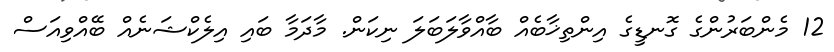
12 މެންބަރުންގެ ގޮނޑީގެ އިންތިޚާބެއް ބާއްވާލަބަލަ ނިކަން. މާދަމާ ބައި އިލެކްޝަނެއް ބޭއްވިއަސް